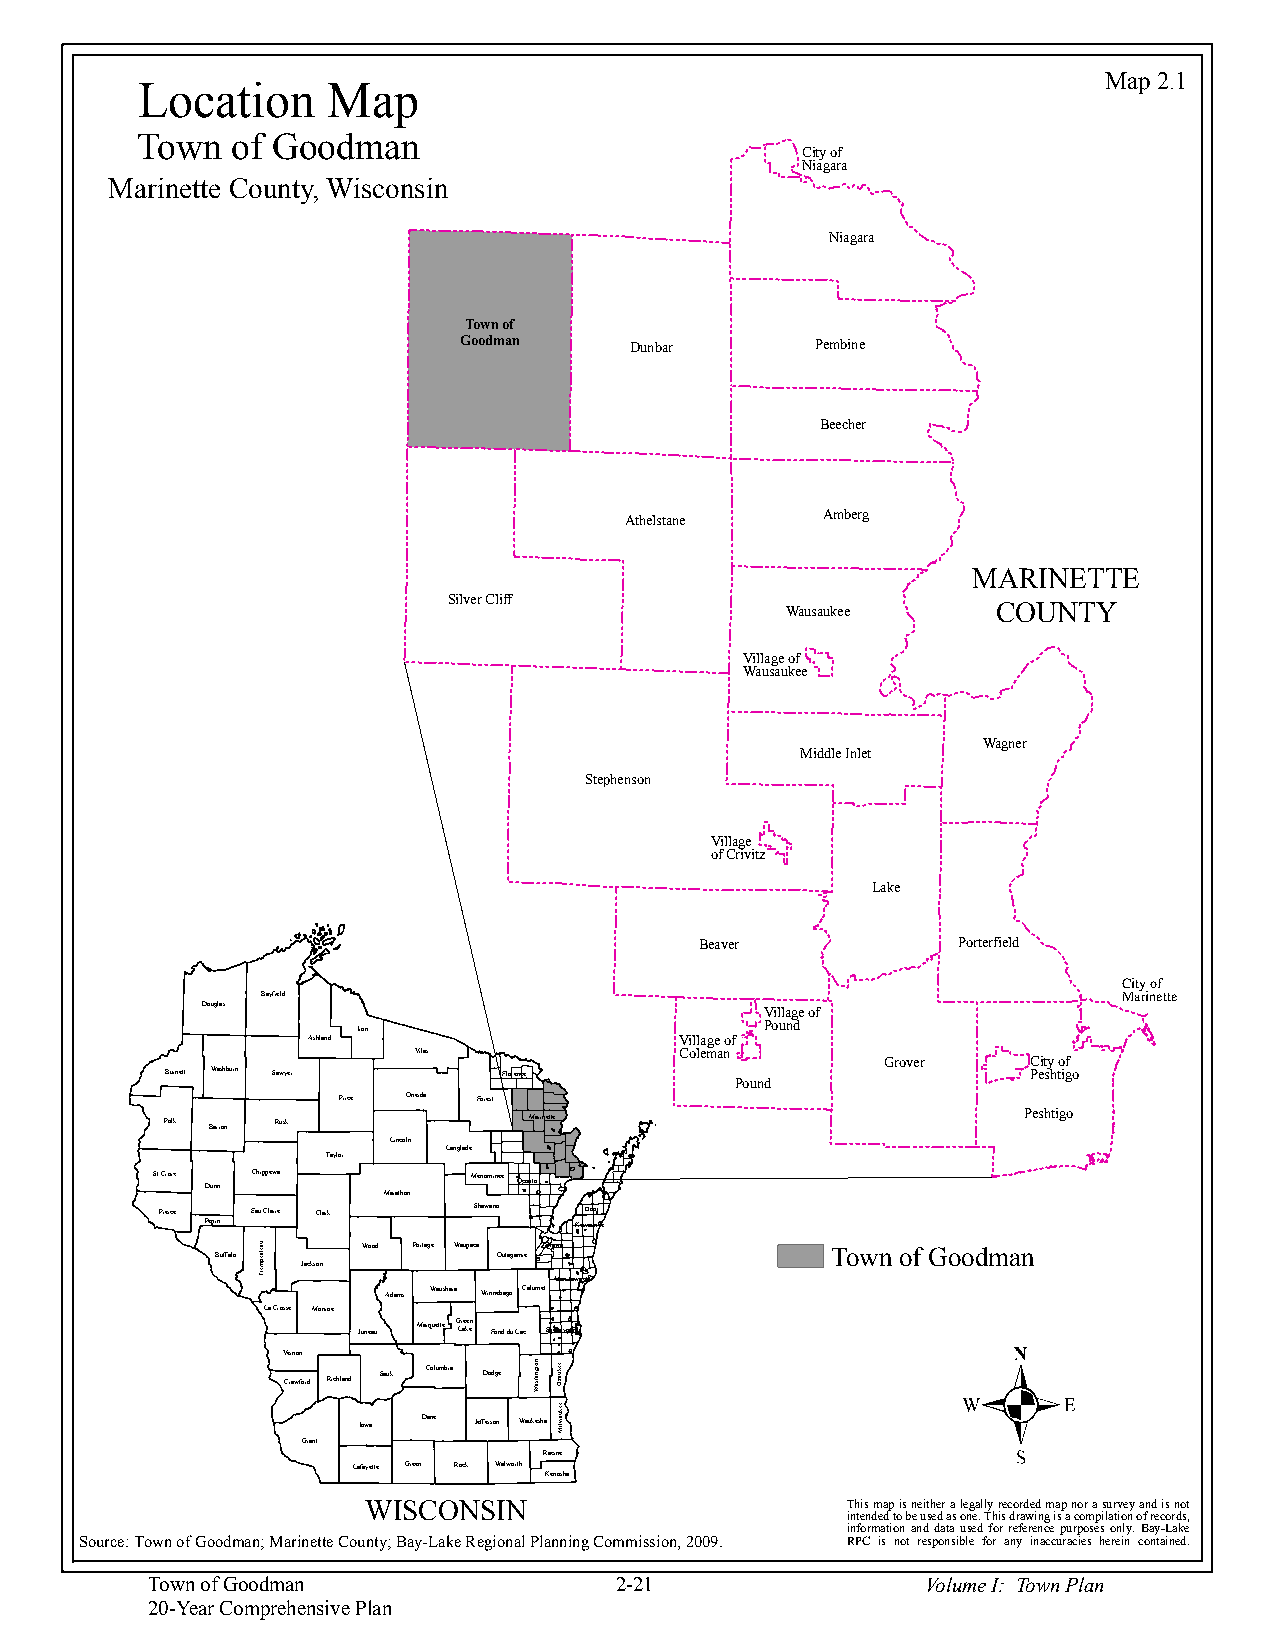
Map 2.1
 Location     Map
 Town  of Goodman
 City of
 Niagara
 Marinette County, Wisconsin
 Niagara
 Town of
 Goodman     Dunbar      Pembine
 Beecher
 Athelstane   Amberg
 MARINETTE
 Silver Cliff
 Wausaukee     COUNTY
 Village of
 Wausaukee
 Wagner
 Middle Inlet
 Stephenson
 Village
 of Crivitz
 Lake
 Beaver           Porterfield
 City of
 Bayfield                                                 Marinette
 Douglas
 Village of
 Iron                       Pound
 Ashland                  Village of
 Vilas             Coleman
 Grover   City of
 Burnett Washburn Sawyer Florence                         Peshtigo
 Pound
 Price Oneida Forest
 Polk Barron Rusk        Marinette                        Peshtigo
 Lincoln
 Langlade
 Taylor
 St Croix Dunn Chippewa Menominee Oconto
 Marathon
 Pierce Eau Claire Clark Shawano Door
 Pepin                   Kewaunee
 Wood Portage Waupaca Brown
 Buffalo            Outagamie             Town of Goodman
 Jackson
 Manitowoc
 Adams Waushara Winnebago Calumet
 La Crosse Monroe
 Juneau Marquette G Lr ae ke en Fond du Lac Sheboygan
 Vernon
 Crawford Richland Sauk Columbia Dodge Washington
 Iowa Dane Jefferson Waukesha
 Grant
 Racine
 Lafayette Green Rock Walworth
 Kenosha
 WISCONSIN                       This map is neither a legally recorded map nor a survey and is not
 intended to be used as one. This drawing is a compilation of records,
 information and data used for reference purposes only. Bay-Lake
 Source: Town of Goodman; Marinette County; Bay-Lake Regional Planning Commission, 2009. RPC is not responsible for any inaccuracies herein contained.
 Town of Goodman                2-21                Volume I: Town Plan
 20-Year Comprehensive Plan
 uaelaepmerT
 eekuazO
 eekuawliM